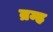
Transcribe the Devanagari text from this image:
व्रम्ह